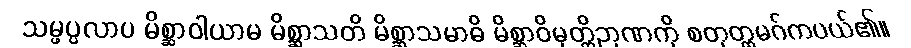
သမ္ဖပ္ပလာပ မိစ္ဆာဝါယာမ မိစ္ဆာသတိ မိစ္ဆာသမာဓိ မိစ္ဆာဝိမုတ္တိဉာဏကို စတုတ္ထမဂ်ကပယ်၏။